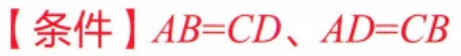
【条件】\(AB = CD、AD = CB\)